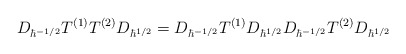
\begin{align*}D_{\hbar^{-1/2}} T^{(1)}T^{(2)} D_{\hbar^{1/2}}=D_{\hbar^{-1/2}} T^{(1)} D_{\hbar^{1/2}} D_{\hbar^{-1/2}} T^{(2)} D_{\hbar^{1/2}}\end{align*}